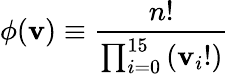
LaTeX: \phi(\mathbf{v})\equiv\frac{{n!}}{{\prod_{i=0}^{15}\left(\mathbf{v}_{i}!\right)}}